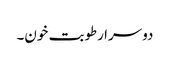
دوسرا رطوبت خون۔